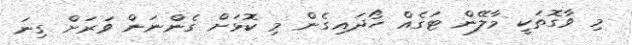
މި ވާގޮތަކީ މާލޭން ޓަގެއް ހޯދައިގެން މި ކޮޅަށް ގެންނަން ވަރަށް ގިނަ